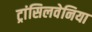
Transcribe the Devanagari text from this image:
ट्रांसिलवेनिया